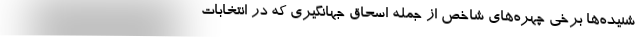
شنیده‌ها برخی چهره‌های شاخص از جمله اسحاق جهانگیری که در انتخابات